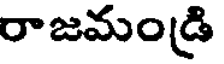
రాజమండ్రి